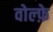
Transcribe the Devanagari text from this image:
वोल्फ़े